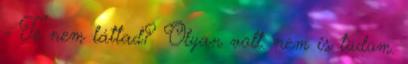
- Te nem láttad? Olyan volt. nem is tudom.